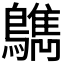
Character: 𪆳